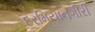
દરમિયાનગીરી